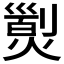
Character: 𤎾